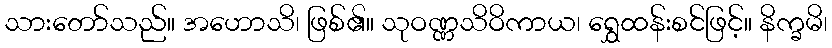
သားတော်သည်။ အဟောသိ၊ ဖြစ်၏။ သုဝဏ္ဏသိဝိကာယ၊ ရွှေထန်းစင်ဖြင့်။ နိက္ခမိ၊